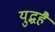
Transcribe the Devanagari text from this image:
युद्धहै